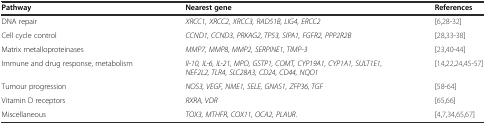
<table><thead><tr><td><b>Pathway</b></td><td><b>Nearest gene</b></td><td><b>References</b></td></tr></thead><tbody><tr><td>DNA repair</td><td><i>XRCC1, XRCC2, XRCC3, RAD51B, LIG4, ERCC2</i></td><td>[6,28-32]</td></tr><tr><td>Cell cycle control</td><td><i>CCND1, CCND3, PRKAG2, TP53, SIPA1, FGFR2, PPP2R2B</i></td><td>[28,33-38]</td></tr><tr><td>Matrix metalloproteinases</td><td><i>MMP7, MMP8, MMP2, SERPINE1, TIMP-3</i></td><td>[23,40-44]</td></tr><tr><td>Immune and drug response, metabolism</td><td><i>Il-10, IL-6, IL-21, MPO, GSTP1, COMT, CYP19A1, CYP1A1, SULT1E1, NEF2L2, TLR4, SLC28A3, CD24, CD44, NQO1</i></td><td>[14,22,24,45-57]</td></tr><tr><td>Tumour progression</td><td><i>NOS3, VEGF, NME1, SELE, GNAS1, ZFP36, TGF</i></td><td>[58-64]</td></tr><tr><td>Vitamin D receptors</td><td><i>RXRA, VDR</i></td><td>[65,66]</td></tr><tr><td>Miscellaneous</td><td><i>TOX3, MTHFR, COX11, OCA2, PLAUR.</i></td><td>[4,7,34,65,67]</td></tr></tbody></table>